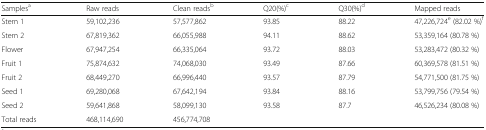
| Samplesa | Raw reads | Clean readsb | Q20(%)c | Q30(%)d | Mapped reads |
 | --- | --- | --- | --- | --- | --- |
 | Stem 1 | 59,102,236 | 57,577,862 | 93.85 | 88.22 | 47,226,724e (82.02 %)f |
 | Stem 2 | 67,819,362 | 66,055,988 | 94.11 | 88.62 | 53,359,164 (80.78 %) |
 | Flower | 67,947,254 | 66,335,064 | 93.72 | 88.03 | 53,283,472 (80.32 %) |
 | Fruit 1 | 75,874,632 | 74,068,030 | 93.49 | 87.66 | 60,369,578 (81.51 %) |
 | Fruit 2 | 68,449,270 | 66,996,440 | 93.57 | 87.79 | 54,771,500 (81.75 %) |
 | Seed 1 | 69,280,068 | 67,642,194 | 93.84 | 88.16 | 53,799,756 (79.54 %) |
 | Seed 2 | 59,641,868 | 58,099,130 | 93.58 | 87.7 | 46,526,234 (80.08 %) |
 | Total reads | 468,114,690 | 456,774,708 |  |  |  |